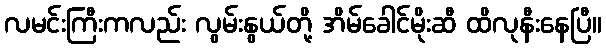
လမင်းကြီးကလည်း လွမ်းနွယ်တို့ အိမ်ခေါင်မိုးဆီ ထိလုနီးနေပြီ။